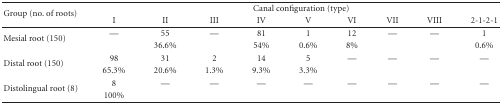
<table><thead><tr><td rowspan="2"><b>Group (no. of roots)</b></td><td colspan="9"><b>Canal configuration (type)</b></td></tr><tr><td><b>I</b></td><td><b>II</b></td><td><b>III</b></td><td><b>IV</b></td><td><b>V</b></td><td><b>VI</b></td><td><b>VII</b></td><td><b>VIII</b></td><td><b>2-1-2-1</b></td></tr></thead><tbody><tr><td rowspan="2">Mesial root (150)</td><td>—</td><td>55</td><td>—</td><td>81</td><td>1</td><td>12</td><td>—</td><td>—</td><td>1</td></tr><tr><td></td><td>36.6%</td><td></td><td>54%</td><td>0.6%</td><td>8%</td><td></td><td></td><td>0.6%</td></tr><tr><td rowspan="2">Distal root (150)</td><td>98</td><td>31</td><td>2</td><td>14</td><td>5</td><td>—</td><td>—</td><td>—</td><td>—</td></tr><tr><td>65.3%</td><td>20.6%</td><td>1.3%</td><td>9.3%</td><td>3.3%</td><td></td><td></td><td></td><td></td></tr><tr><td rowspan="2">Distolingual root (8)</td><td>8</td><td>—</td><td>—</td><td>—</td><td>—</td><td>—</td><td>—</td><td>—</td><td>—</td></tr><tr><td>100%</td><td></td><td></td><td></td><td></td><td></td><td></td><td></td><td></td></tr></tbody></table>